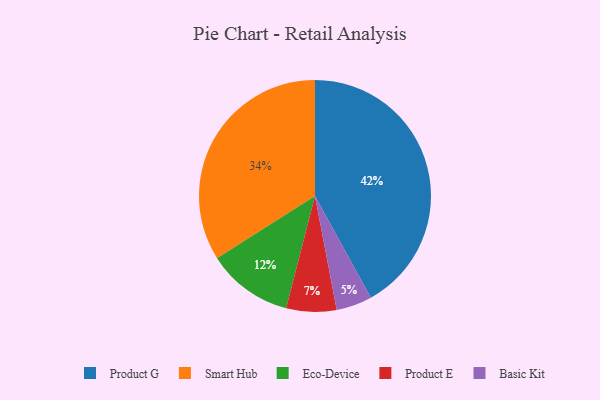
{"axis": {"x": "Category", "y": "Percentage"}, "legend": ["Basic Kit", "Eco-Device", "Product E", "Product G", "Smart Hub"], "data": [{"x": "Smart Hub", "y": 34, "type": "Smart Hub"}, {"x": "Basic Kit", "y": 5, "type": "Basic Kit"}, {"x": "Product E", "y": 7, "type": "Product E"}, {"x": "Product G", "y": 42, "type": "Product G"}, {"x": "Eco-Device", "y": 12, "type": "Eco-Device"}]}